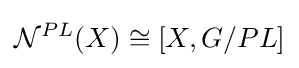
{\mathcal {N}}^{PL}(X)\cong [X,G/PL]